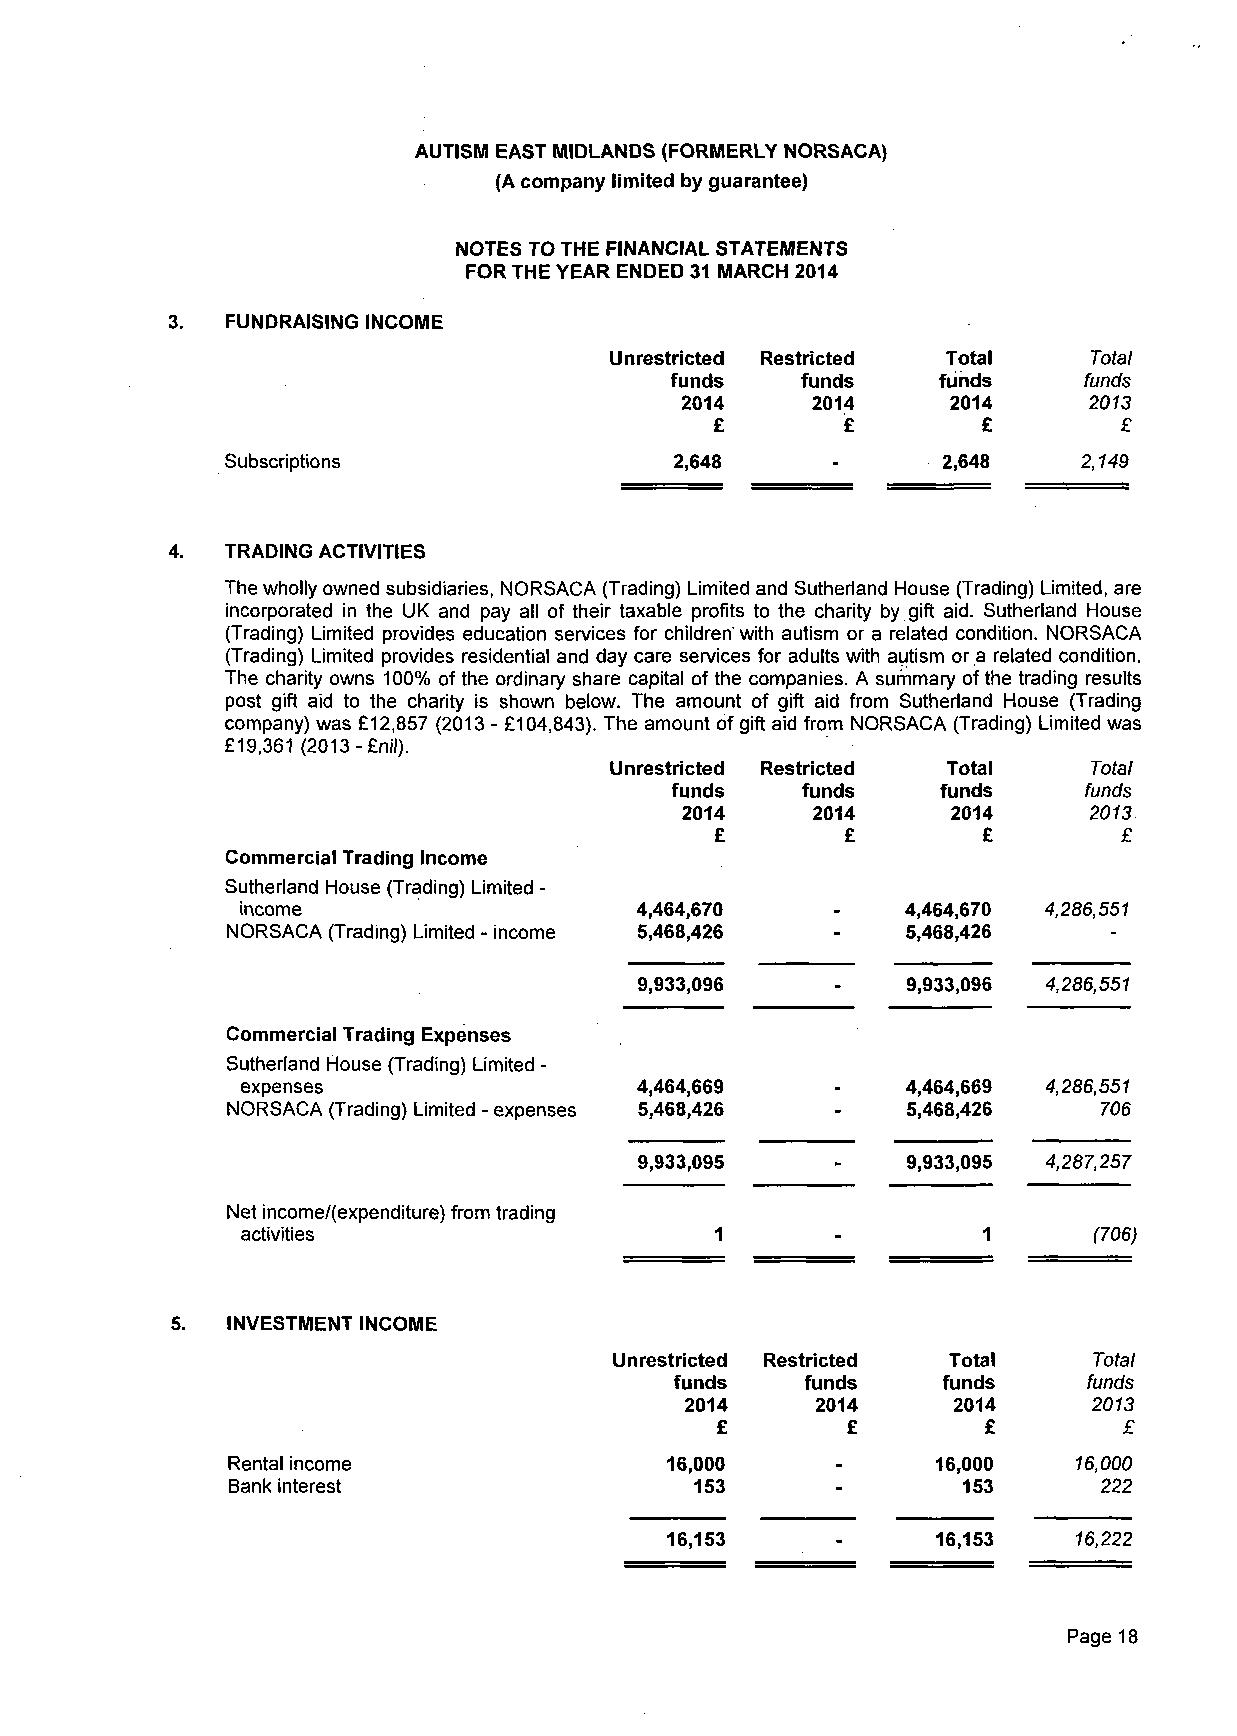
AUTISM EAST MIDLANDS (FORMERLY NORSACA)
 (A company limited by guarantee)
 NOTES TO THE FINANCIAL STATEMENTS
 FOR THE YEAR ENDED 31 MARCH 2014
 FUNDRAISING INCOME
 Unrestricted Restricted Total   Total
 funds    funds    funds     funds
 2014     2014     2014     2013
 £        £        £        £
 Subscriptions                 2,648            2,648     2,149
 TRADING ACTIVITIES
 The wholly owned subsidiaries, NORSACA (Trading) Limited and Sutherland House (Trading) Limited, are
 incorporated in the UK and pay all of their taxable profits to the charity by gift aid. Sutherland House
 (Trading) Limited provides education services for children' with autism or a related condition. NORSACA
 (Trading) Limited provides residential and day care services for adults with autism or a related condition.
 The charity owns 100% of the ordinary share capital of the companies. A summary of the trading results
 post gift aid to the charity is shown below. The amount of gift aid from Sutherland House (Trading
 company) was £12,857 (2013 - £104,843). The amount of gift aid from NORSACA (Trading) Limited was
 £19,361 (2013-£nil).
 Unrestricted Restricted Total   Total
 funds    funds    funds     funds
 2014     2014     2014     2013
 £        £        £        £
 Commercial Trading Income
 Sutherland House (Trading) Limited -
 income                    4,464,670         4,464,670 4,286,551
 NORSACA (Trading) Limited - income 5,468,426 5,468,426
 9,933,096         9,933,096 4,286,551
 Commercial Trading Expenses
 Sutherland House (Trading) Limited -
 expenses                  4,464,669         4,464,669 4,286,551
 NORSACA (Trading) Limited - expenses 5,468,426 5,468,426  706
 9,933,095         9,933,095 4,287,257
 Net income/(expenditure) from trading
 activities                                              (706)
 INVESTMENT INCOME
 Unrestricted Restricted Total  Total
 funds   funds    funds     funds
 2014     2014     2014     2013
 £        £        £        £
 Rental income                16,000     -      16,000  16,000
 Bank interest                  153      -        153     222
 16,153            16,153   16,222
 Page 18